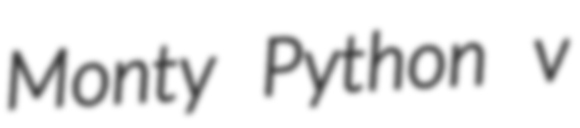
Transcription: Monty Python v